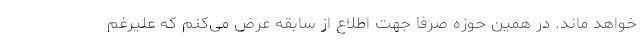
خواهد ماند. در همین حوزه صرفاً جهت اطلاع از سابقه عرض می‌کنم که علیرغم